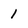
Character: 1